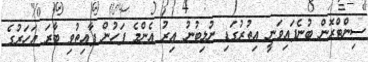
ސިންޓްރޮން ބުނެފައިވަނީ އިތުރުގަޑި ނުލިބުނު އިރު އެންމެ ފަހުން ފާއިތުވި ބާރަ އަހަރުގެ